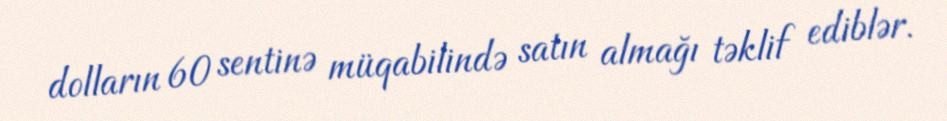
dolların 60 sentinə müqabilində satın almağı təklif ediblər.